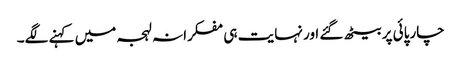
چارپائی پر بیٹھ گئے اور نہایت ہی مفکرانہ لہجہ میں کہنے لگے۔